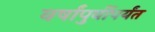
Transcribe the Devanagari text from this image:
वर्षांपुर्वीपर्यंत